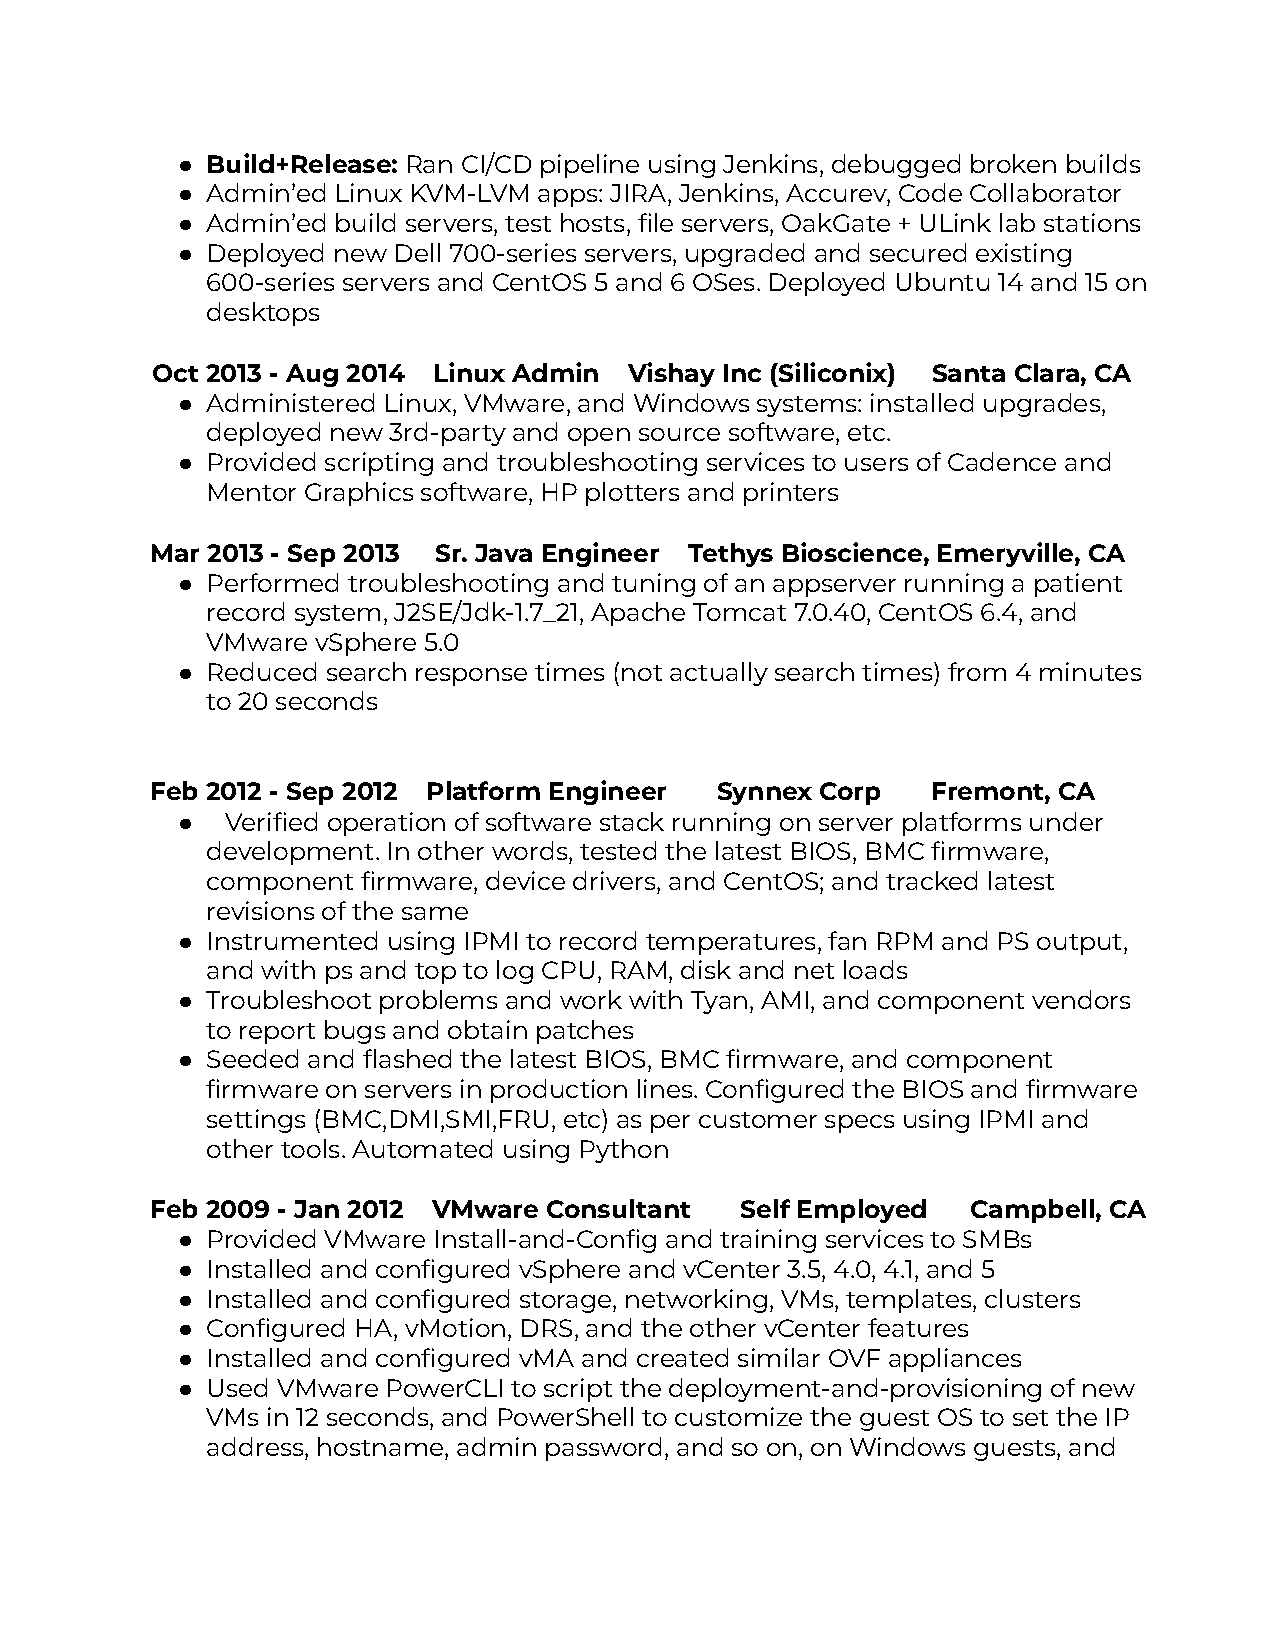
● Build+Release: Ran CI/CD pipeline using Jenkins, debugged broken builds
 ● Admin’ed Linux KVM-LVM apps: JIRA, Jenkins, Accurev, Code Collaborator
 ● Admin’ed build servers, test hosts, file servers, OakGate + ULink lab stations
 ● Deployed new Dell 700-series servers, upgraded and secured existing
 600-series servers and CentOS 5 and 6 OSes. Deployed Ubuntu 14 and 15 on
 desktops
 Oct 2013 - Aug 2014 Linux Admin Vishay Inc (Siliconix) Santa Clara, CA
 ● Administered Linux, VMware, and Windows systems: installed upgrades,
 deployed new 3rd-party and open source software, etc.
 ● Provided scripting and troubleshooting services to users of Cadence and
 Mentor Graphics software, HP plotters and printers
 Mar 2013 - Sep 2013 Sr. Java Engineer Tethys Bioscience, Emeryville, CA
 ● Performed troubleshooting and tuning of an appserver running a patient
 record system, J2SE/Jdk-1.7_21, Apache Tomcat 7.0.40, CentOS 6.4, and
 VMware vSphere 5.0
 ● Reduced search response times (not actually search times) from 4 minutes
 to 20 seconds
 Feb 2012 - Sep 2012 Platform Engineer Synnex Corp   Fremont, CA
 ●  Verified operation of software stack running on server platforms under
 development. In other words, tested the latest BIOS, BMC firmware,
 component firmware, device drivers, and CentOS; and tracked latest
 revisions of the same
 ● Instrumented using IPMI to record temperatures, fan RPM and PS output,
 and with ps and top to log CPU, RAM, disk and net loads
 ● Troubleshoot problems and work with Tyan, AMI, and component vendors
 to report bugs and obtain patches
 ● Seeded and flashed the latest BIOS, BMC firmware, and component
 firmware on servers in production lines. Configured the BIOS and firmware
 settings (BMC,DMI,SMI,FRU, etc) as per customer specs using IPMI and
 other tools. Automated using Python
 Feb 2009 - Jan 2012 VMware Consultant  Self Employed  Campbell, CA
 ● Provided VMware Install-and-Config and training services to SMBs
 ● Installed and configured vSphere and vCenter 3.5, 4.0, 4.1, and 5
 ● Installed and configured storage, networking, VMs, templates, clusters
 ● Configured HA, vMotion, DRS, and the other vCenter features
 ● Installed and configured vMA and created similar OVF appliances
 ● Used VMware PowerCLI to script the deployment-and-provisioning of new
 VMs in 12 seconds, and PowerShell to customize the guest OS to set the IP
 address, hostname, admin password, and so on, on Windows guests, and